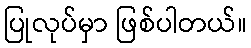
ပြုလုပ်မှာ ဖြစ်ပါတယ်။